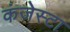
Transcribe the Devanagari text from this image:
कंजेस्टा